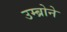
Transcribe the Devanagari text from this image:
उम्ब्रोने